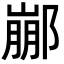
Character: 䣙